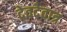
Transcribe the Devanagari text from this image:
देवदेवात्र